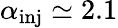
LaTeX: \alpha_{\mathrm{inj}}\simeq 2.1